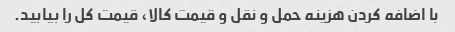
با اضافه کردن هزینه حمل و نقل و قیمت کالا، قیمت کل را بیابید.